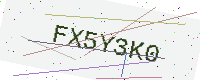
Text: FX5Y3K0